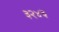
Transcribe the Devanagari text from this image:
३२४३